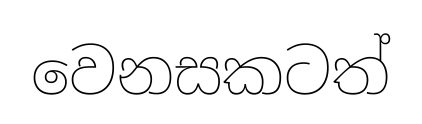
වෙනසකටත්